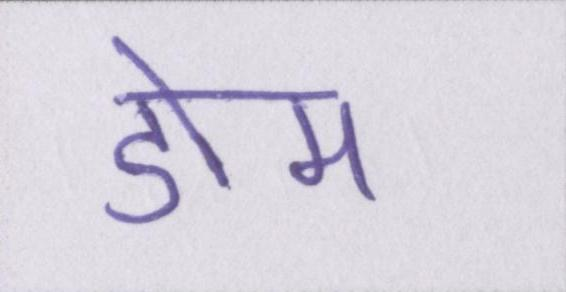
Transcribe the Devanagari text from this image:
डोम